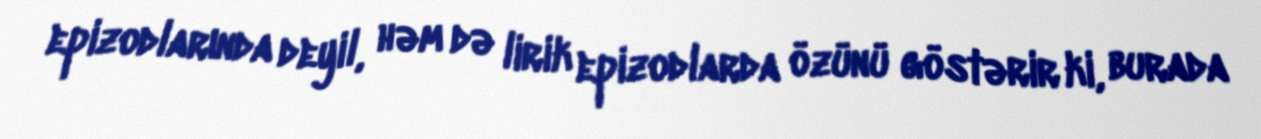
epizodlarında deyil, həm də lirik epizodlarda özünü göstərir ki, burada